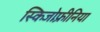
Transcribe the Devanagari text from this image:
स्किजोफ़्रीनिया